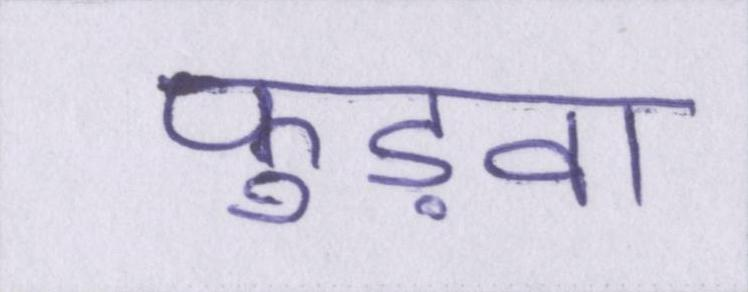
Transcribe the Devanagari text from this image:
फुड़वा